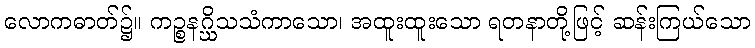
လောကဓာတ်၌။ ကဉ္စနဂ္ဃိသသံကာသော၊ အထူးထူးသော ရတနာတို့ဖြင့် ဆန်းကြယ်သော